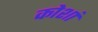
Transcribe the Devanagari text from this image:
कोशां